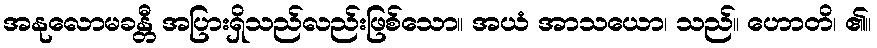
အနုလောမခန္တီ အပြားရှိသည်လည်းဖြစ်သော။ အယံ အာသယော၊ သည်။ ဟောတိ၊ ၏။